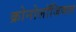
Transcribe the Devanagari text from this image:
क्रोनोलॉजिकल